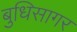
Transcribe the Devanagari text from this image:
बुधिसागर